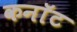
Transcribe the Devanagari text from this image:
कनाॅट